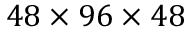
4 8 \times 9 6 \times 4 8